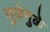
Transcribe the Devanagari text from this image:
सुजेमुळे